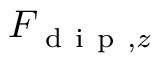
F _ { \mathrm { ~ d ~ i ~ p ~ } , z }